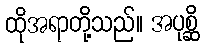
ထိုအရာတို့သည်။ အပုစ္ဆိ